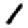
Digit: 1